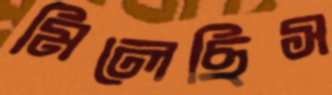
মিলেছিস